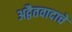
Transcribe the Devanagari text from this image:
अद्वैतवादाचे